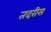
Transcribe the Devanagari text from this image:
तदरीस